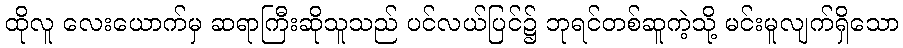
ထိုလူ လေးယောက်မှ ဆရာကြီးဆိုသူသည် ပင်လယ်ပြင်၌ ဘုရင်တစ်ဆူကဲ့သို့ မင်းမူလျက်ရှိသော